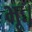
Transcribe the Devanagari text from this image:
भूः।